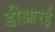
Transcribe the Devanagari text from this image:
डीआरई